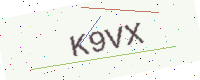
Text: K9VX